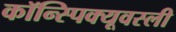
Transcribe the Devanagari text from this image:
कॉन्स्पिक्यूवस्ली